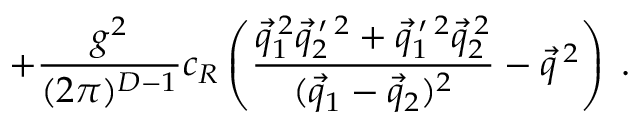
+ \frac { g ^ { 2 } } { ( 2 \pi ) ^ { D - 1 } } c _ { { \cal R } } \left( \frac { \vec { q } _ { 1 } ^ { \: 2 } \vec { q } _ { 2 } ^ { \: \prime \: 2 } + \vec { q } _ { 1 } ^ { \: \prime \: 2 } \vec { q } _ { 2 } ^ { \: 2 } } { ( \vec { q } _ { 1 } - \vec { q } _ { 2 } ) ^ { 2 } } - \vec { q } ^ { \: 2 } \right) \; .